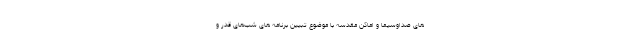
های صداوسیما و اماکن مقدسه با موضوع تبیین برنامه های شب‌های قدر و